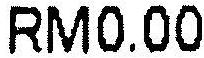
RM0.00